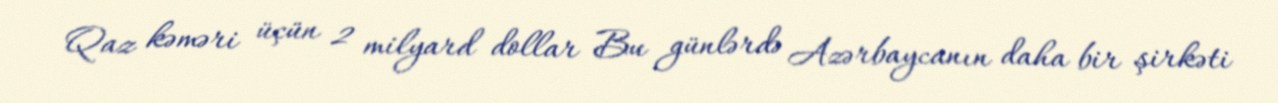
Qaz kəməri üçün 2 milyard dollar Bu günlərdə Azərbaycanın daha bir şirkəti